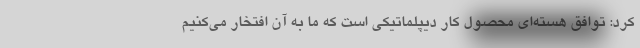
کرد: توافق هسته‌ای محصول کار دیپلماتیکی است که ما به آن افتخار می‌کنیم